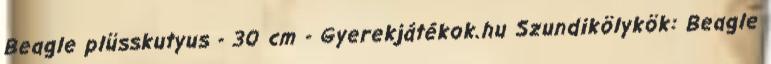
Beagle plüsskutyus - 30 cm - Gyerekjátékok.hu Szundikölykök: Beagle